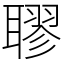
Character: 𦗖